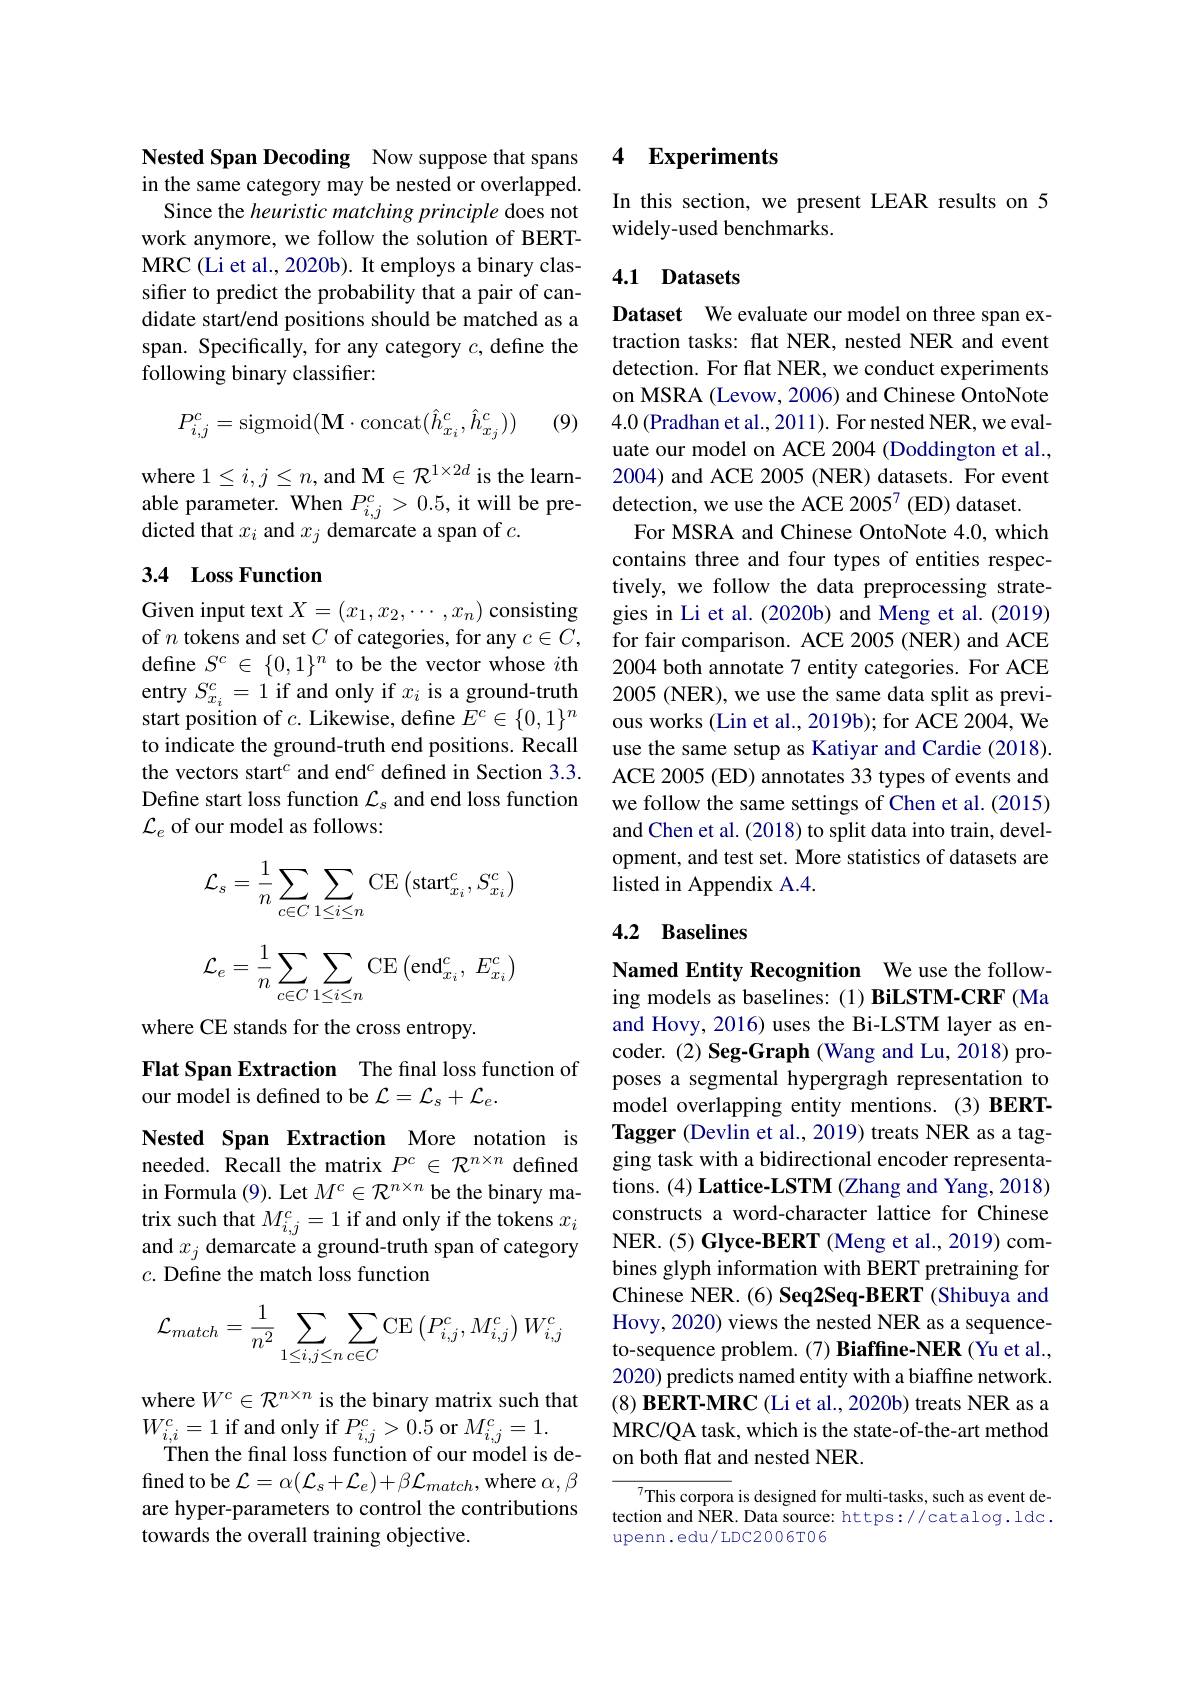
Nested Span Decoding Now suppose that spans in the same category may be nested or overlapped. Since the heuristic matching principle does not work anymore, we follow the solution of BERTMRC (Li et al., 2020b). It employs a binary classifter to predict the probability that a pair of candidate start/end positions should be matched as a span. Specifically, for any category $c$, define the following binary classifier:
$$P_{i,j}^c=\mathrm{sigmoid}(\mathbf{M}\cdot\mathrm{concat}(\hat{h}_{x_i}^c,\hat{h}_{x_j}^c))$$
(9)

where $1\leq i,j\leq n$, and M$\in\mathcal{R}^1\times2d$ is the learnable parameter. When $P_i,j^c>0.5$, it will be predicted that $x_i$ and $x_j$ demarcate a span of $c.$

## 3.4 Loss Function

Given input text $X=(x_1,x_2,\cdots,x_n)$ consisting of $n$ tokens and set $C$ of categories, for any $c\in C$, define $S^c\in\{0,1\}^{n}$ to be the vector whose $i$th entry $S_{x_{i}}^{c}=1$ if and only if $x_i$ is a ground-truth start position of $c.$ Likewise, define $E^c\in\{0,1\}^n$ to indicate the ground-truth end positions. Recall the vectors start$^{c}$ and end$^{c}$ defined in Section 3.3. Define start loss function $\mathcal{L}_s$ and end loss function $\mathcal{L}_e$ of our model as follows:
$$\mathcal{L}_s=\frac{1}{n}\sum_{c\in C}\sum_{1\leq i\leq n}\mathrm{CE}\left(\mathrm{start}_{x_i}^c,S_{x_i}^c\right)$$
$$\mathcal{L}_e=\dfrac{1}{n}\sum\limits_{c\in C}\sum\limits_{1\leq i\leq n}\mathrm{CE}\left(\text{end}_{x_i}^c,\:E_{x_i}^c\right)$$
where CE stands for the cross entropy.

Flat Span Extraction The final loss function of
our model is defined to be $\mathcal{L}=\mathcal{L}_{s}+\mathcal{L}_{e}.$

Nested Span Extraction More notation is needed. Recall the matrix $P^c\in\mathcal{R}^{n\times n}$ defined in Formula (9). Let $M^c\in\mathcal{R}^{n\times n}$ be the binary matrix such that $M_i,j^c=1$ if and only if the tokens $x_i$ and $x_j$ demarcate a ground-truth span of category $c.$ Define the match loss function
$$\mathcal{L}_{match}=\frac{1}{n^2}\sum\limits_{1\leq i,j\leq n}\sum\limits_{c\in C}\mathrm{CE}\left(P_{i,j}^c,M_{i,j}^c\right)W_{i,j}^c$$
where $W^c\in\mathcal{R}^{n\times n}$ is the binary matrix such that
$W_{i,i}^{c}=1$ if and only if $P_i,j^{c}>0.5$ or $M_i,j^{c}=1.$
Then the final loss function of our model is defined to be $\mathcal{L}=\alpha(\mathcal{L}_{s}+\mathcal{L}_{e})+\beta\mathcal{L}_{match}$,where $\alpha,\beta$ are hyper-parameters to control the contributions towards the overall training objective.

### 4 Experiments

In this section, we present LEAR results on 5
widely-used benchmarks.

## 4.1 Datasets

Dataset We evaluate our model on three span extraction tasks: flat NER, nested NER and event detection. For flat NER, we conduct experiments on MSRA (Levow, 2006) and Chinese OntoNote 4.0 (Pradhan et al., 201 1). For nested NER, we evaluate our model on ACE 2004 (Doddington et al., 2004) and ACE 2005 (NER) datasets. For event detection, we use the ACE 20057 (ED) dataset.
For MSRA and Chinese OntoNote 4.0, which contains three and four types of entities respectively, we follow the data preprocessing strategies in Li et al. (2020b) and Meng et al. (2019) for fair comparison. ACE 2005 (NER) and ACE 2004 both annotate 7 entity categories. For ACE 2005 (NER), we use the same data split as previous works (Lin et al., 2019b); for ACE 2004, We use the same setup as Katiyar and Cardie (2018). ACE 2005 (ED) annotates 33 types of events and we follow the same settings of Chen et al. (2015) and Chen et al. (2018) to split data into train, development, and test set. More statistics of datasets are listed in Appendix A.4.

## 4.2 Baselines

Named Entity Recognition We use the following models as baselines:(1) BiLSTM-CRF (Ma and Hovy, 2016) uses the Bi-LSTM layer as encoder. (2) Seg-Graph (Wang and Lu, 2018) proposes a segmental hypergragh representation to model overlapping entity mentions. (3) BERTTagger (Devlin et al., 2019) treats NER as a tagging task with a bidirectional encoder representations. (4) Lattice-LSTM (Zhang and Yang, 2018) constructs a word-character lattice for Chinese NER. (5) Glyce-BERT (Meng et al., 2019) combines glyph information with BERT pretraining for Chinese NER.(6) Seq2Seq-BERT (Shibuya and Hovy, 2020) views the nested NER as a sequenceto-sequence problem.(7) Biaffine-NER(Yu et al., 2020) predicts named entity with a biaffine network. (8) BERT-MRC (Li et al., 2020b) treats NER as a MRC/QA task, which is the state-of-the-art method on both flat and nested NER.

This corpora is designed for multi-tasks, such as event detection and NER. Data source: https://catalog.ldc. upenn. edu/ LDC2006T06